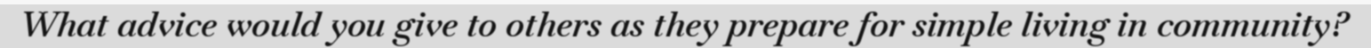
What advice would you give to others as they prepare for simple living in community?